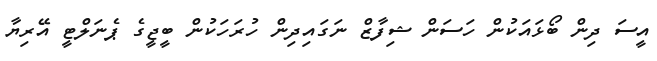
އީސަ ދިން ބޯޅައަކުން ހަސަން ޝިފާޒް ނަގައިދިން ހުރަހަކުން ބީޖީގެ ޕެނަލްޓީ އޭރިޔާ